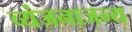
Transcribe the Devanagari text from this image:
व्यंजनाजन्य